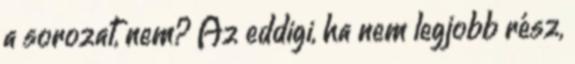
a sorozat, nem? Az eddigi, ha nem legjobb rész,